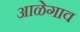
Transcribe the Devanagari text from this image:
आळेगाव